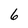
Character: 6